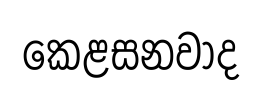
කෙළසනවාද